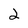
Character: 2